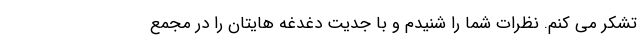
تشکر می کنم. نظرات شما را شنیدم و با جدیت دغدغه هایتان را در مجمع